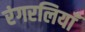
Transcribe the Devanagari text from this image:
रंगरलियाँ